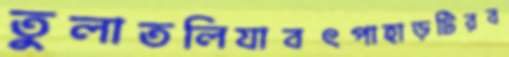
তুলাতলিযাবৎপাহাড়টিরব